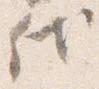
代